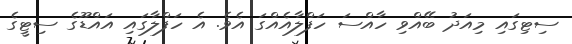
ސިޓިގައި މިއަދު ބޭއްވި ހާއްސަ ހަފްލާއެއްގަ އެވެ. އެ ހަފްލާގައި އައްޑޫގެ ސިޓީގެ